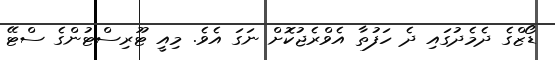
ޑޯޒްގެ ދެމެދުގައި ދެ ހަފުތާ އެވްރެޖުކޮށް ނަގަ އެވެ. މިއީ ޓޫރިސްޓުންގެ ސްޓޭ